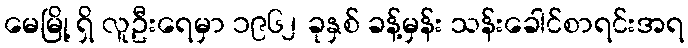
မေမြို့ ရှိ လူဦးရေမှာ ၁၉၆၂ ခုနှစ် ခန့်မှန်း သန်းခေါင်စာရင်းအရ